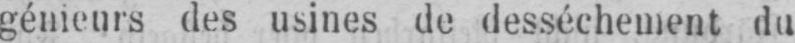
génieurs des usines de desséchement du